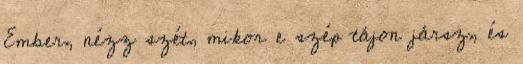
Ember, nézz szét, mikor e szép tájon jársz, és